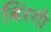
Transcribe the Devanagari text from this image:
बिंरगी